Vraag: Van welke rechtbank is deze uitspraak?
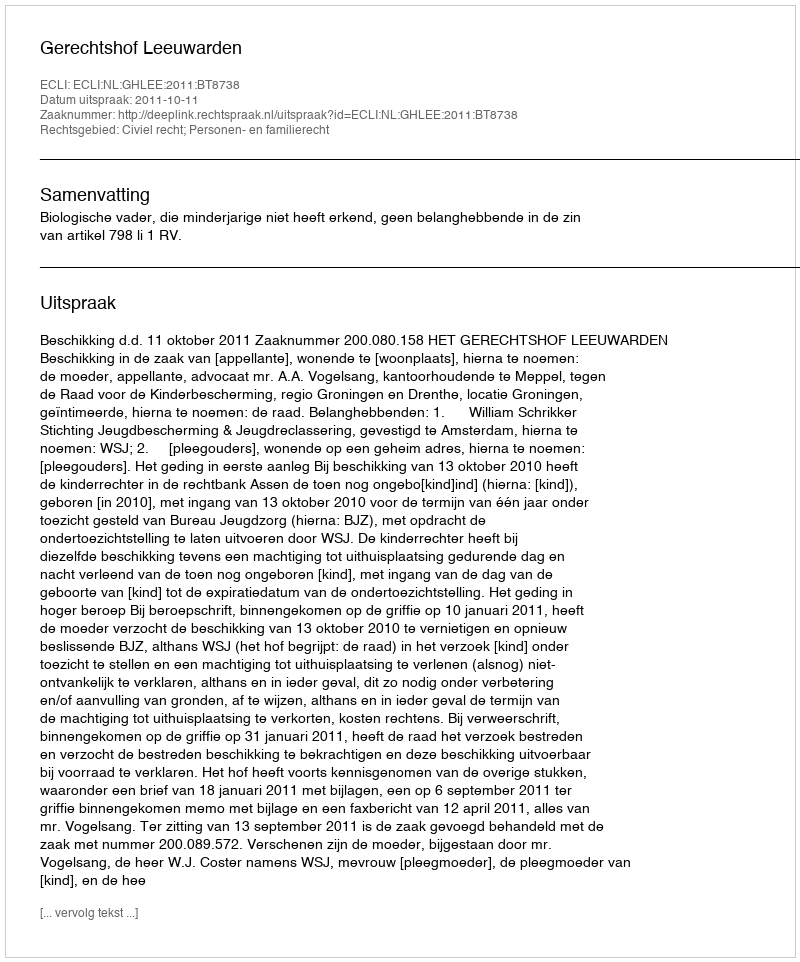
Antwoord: Gerechtshof Leeuwarden